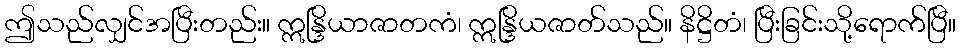
ဤသည်လျှင်အပြီးတည်း။ ဣန္ဒြိယာဇာတကံ၊ ဣန္ဒြိယဇာတ်သည်။ နိဋ္ဌိတံ၊ ပြီးခြင်းသို့ရောက်ပြီ။